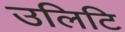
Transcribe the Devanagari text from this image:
उलिटि